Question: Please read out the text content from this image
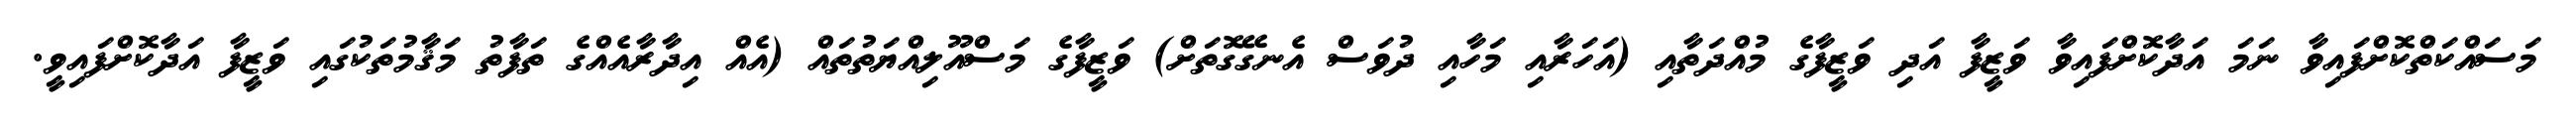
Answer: މަސައްކަތްކޮށްފައިވާ ނަމަ އަދާކޮށްފައިވާ ވަޒީފާ އަދި ވަޒީފާގެ މުއްދަތާއި (އަހަރާއި މަހާއި ދުވަސް އެނގޭގޮތަށް) ވަޒީފާގެ މަސްއޫލިއްޔަތުތައް (އެއް އިދާރާއެއްގެ ތަފާތު މަޤާމުތަކުގައި ވަޒީފާ އަދާކޮށްފައިވީ.